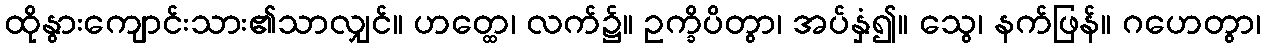
ထိုနွားကျောင်းသား၏သာလျှင်။ ဟတ္ထေ၊ လက်၌။ ဥက္ခိပိတွာ၊ အပ်နှံ၍။ သွေ၊ နက်ဖြန်။ ဂဟေတွာ၊